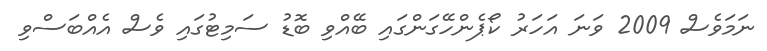
ނަމަވެސް 2009 ވަނަ އަހަރު ކޯޕެންހޭގަންގައި ބޭއްވި ބޮޑު ސަމިޓުގައި ވެސް އެއްބަސްވި